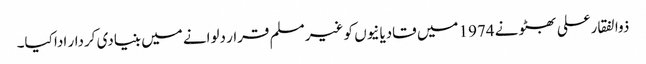
ذوالفقارعلی بھٹو نے 1974 میں قادیانیوں کو غیر مسلم قرار دلوانے میں بنیادی کردار ادا کیا۔